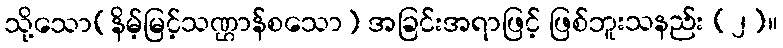
သို့သော(နိမ့်မြင့်သဏ္ဌာန်စသော) အခြင်းအရာဖြင့် ဖြစ်ဘူးသနည်း (၂)။